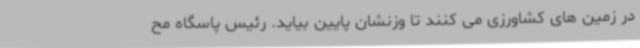
در زمین های کشاورزی می کنند تا وزنشان پایین بیاید. رئیس پاسگاه مح